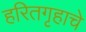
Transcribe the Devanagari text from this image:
हरितगृहाचे